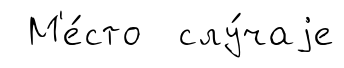
М'е́сто слу́чаjе